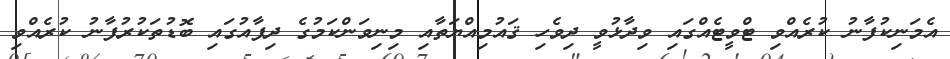
އެމަނިކުފާނު ކުރެއްވި ޓްވީޓެއްގައި ވިދާޅުވީ ދިވެހި ޤައުމިއްޔަތާއި މިނިވަންކަމުގެ ދިފާއުގައި ބޮޑުތަކުރުފާނު ކުރެއްވި